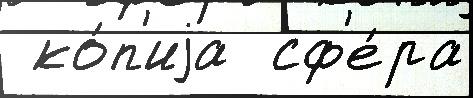
 ко́п'иjа  сф'е́ра